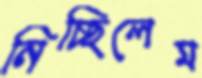
নিচ্ছিলেম